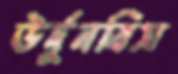
উর্দুনবিস